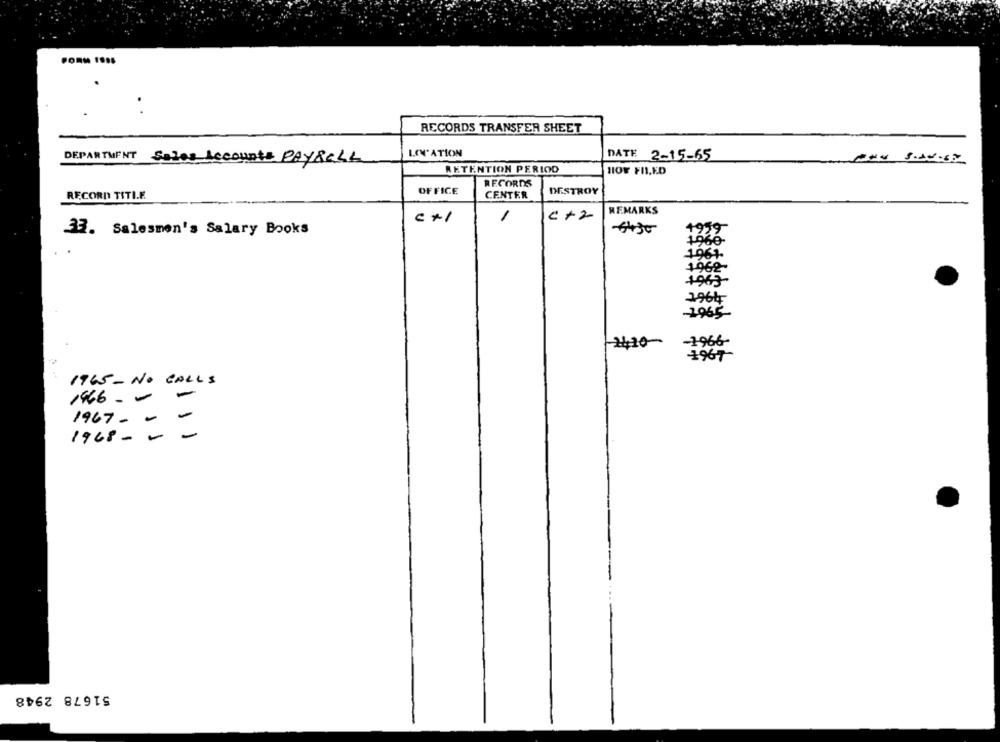
PORM 1986
RECORDS TRANSFER SHEET
LOVATION
DATE 2-15-65
DEPARTMENT Sales Accounts PAYROLL
RETENTION PERIOD
HOF FILED
RECORDS
OFFICE
CENTER
DESTROY
RECORD TITIE
REMARKS
c +2
-6430
33. Salesmen's Salary Books
60-
1962-
1963
1964
-1965-
-1-966-
1420-
1967~
1965 - NO CALLS
1466 - -
-
1967- -
-
1968 --
51678 2948